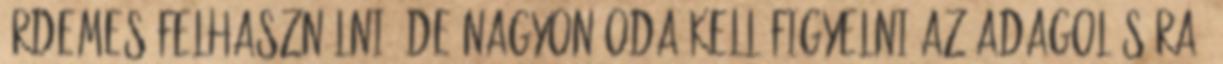
érdemes felhasználni, de nagyon oda kell figyelni az adagolására,